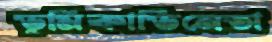
ভূমিকাভিনেতা